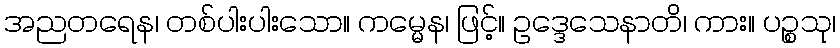
အညတရေန၊ တစ်ပါးပါးသော။ ကမ္မေန၊ ဖြင့်။ ဥဒ္ဒေသေနာတိ၊ ကား။ ပဉ္စသု၊